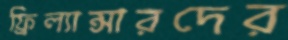
ফ্রিল্যান্সারদের